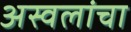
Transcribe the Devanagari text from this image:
अस्वलांचा